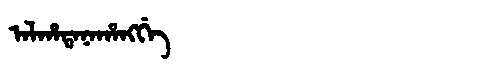
Manchu: ᠠᠯᡥᠠᡨᠠᠨᠠᡥᠠᠩᡤᡝ
Romanization: ALHATANAHANGGE